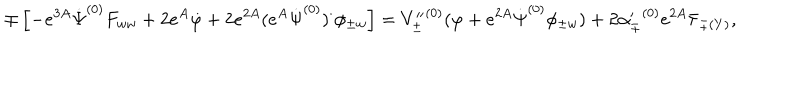
LaTeX: \mp \left[ - e ^ { 3 A } \dot { \Psi } ^ { ( 0 ) } F _ { w w } + 2 e ^ { A } \dot { \varphi } + 2 e ^ { 2 A } ( e ^ { A } \dot { \Psi } ^ { ( 0 ) } ) ^ { \cdot } \phi _ { \pm w } \right] = { V _ { \pm } ^ { \prime \prime } } ^ { ( 0 ) } ( \varphi + e ^ { 2 A } \dot { \Psi } ^ { ( 0 ) } \phi _ { \pm w } ) + 2 { \alpha _ { \pm } ^ { \prime } } ^ { ( 0 ) } e ^ { 2 A } \bar { \tau } _ { \pm ( Y ) } ,